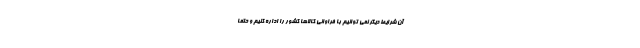
آن شرایط دیگر نمی توانیم با فراوانی کالاها کشور را اداره کنیم و حتما